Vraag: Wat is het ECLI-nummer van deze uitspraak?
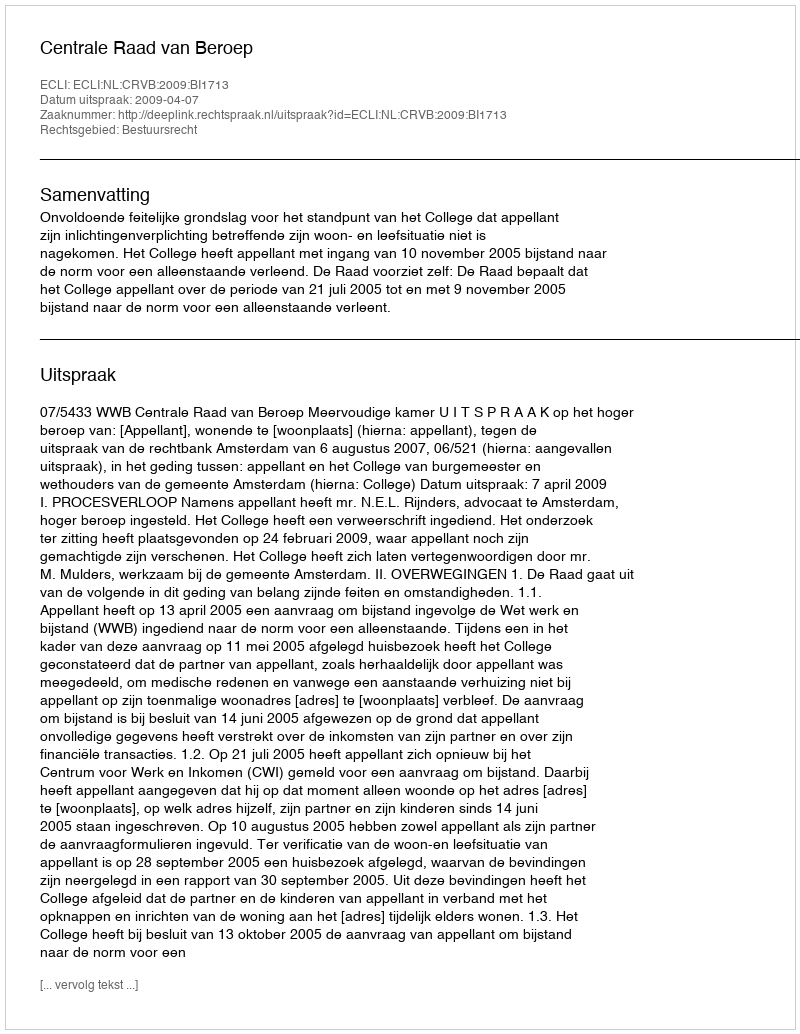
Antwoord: ECLI:NL:CRVB:2009:BI1713